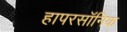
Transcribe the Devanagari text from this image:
हापरसॉनिक